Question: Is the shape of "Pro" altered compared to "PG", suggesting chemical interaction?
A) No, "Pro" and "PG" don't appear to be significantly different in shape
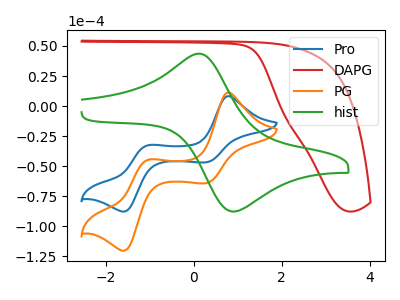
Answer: <think>The blue curve "Pro" has anodic peaks at (0.80V, 8.25uA) (-1.05V, -32.75uA) and cathodic peaks at (0.30V, -46.75uA) (-1.60V, -87.85uA). The red curve "DAPG" has no peaks. The orange curve "PG" has anodic peaks at (0.80V, 11.30uA) (-1.05V, -44.85uA) and cathodic peaks at (0.30V, -64.10uA) (-1.60V, -120.45uA). The green curve "hist" has an anodic peak at (0.10V, 43.55uA) and a cathodic peak at (0.90V, -87.85uA).
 All the peaks in "Pro" have a peak in "PG" at the same potential.</think>
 <answer>A) No, "Pro" and "PG" don't appear to be significantly different in shape</answer>
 <eval>A</eval>